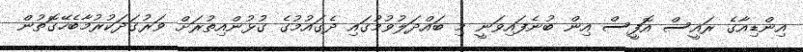
އިންޑިއާގެ ރައީސް އޮފީސް އިން ބުނެފައިވަނީ މި ބައްދަލުވުމުގައި ދެގައުމުގެ ގުޅުންއިތުރަށް ވަރުގަދަކުރުމާބެހޭގޮތުން